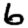
Digit: 6